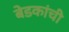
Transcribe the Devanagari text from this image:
बेडकांची